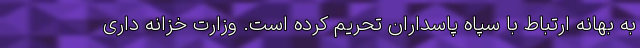
به بهانه ارتباط با سپاه پاسداران تحریم کرده است. وزارت خزانه داری